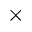
\times